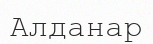
Алданар